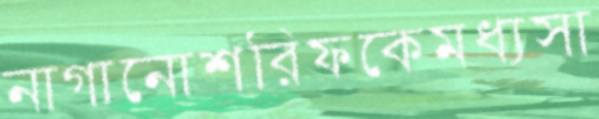
নাগানোশরিফকেমধ্যসা